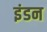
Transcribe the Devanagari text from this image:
इंडन